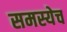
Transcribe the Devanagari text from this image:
समस्येच